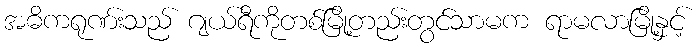
အဓိကရုဏ်းသည် ဂျယ်ရီကိုတစ်မြို့တည်းတွင်သာမက ရာမလာမြို့နှင့်